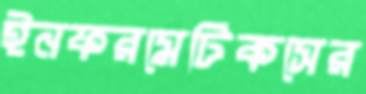
ইনফরমেটিকসের